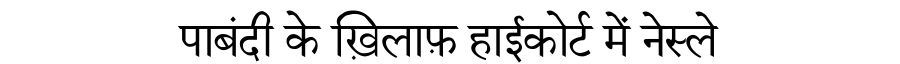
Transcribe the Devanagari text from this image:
पाबंदी के ख़िलाफ़ हाईकोर्ट में नेस्ले